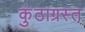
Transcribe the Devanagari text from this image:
कुंठाग्रस्त